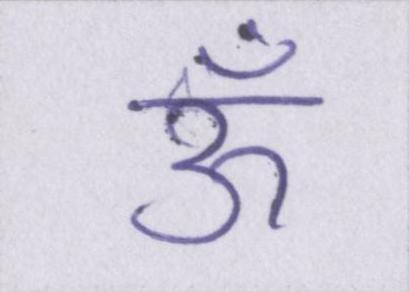
ऊँ